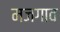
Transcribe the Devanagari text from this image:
मजगाव